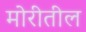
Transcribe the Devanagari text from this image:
मोरीतील